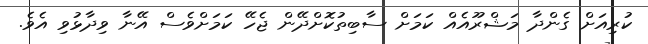
ކުރިއަށް ގެންދާ މަޝްރޫއެއް ކަމަށް ސާބިތުކޮށްދޭން ޖެހޭ ކަމަށްވެސް އޭނާ ވިދާޅުވި އެވެ.